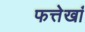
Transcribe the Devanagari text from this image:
फत्तेखां